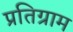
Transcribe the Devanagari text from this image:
प्रतिग्राम